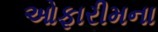
ઓફારીમના